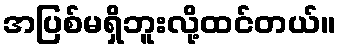
အပြစ်မရှိဘူးလို့ထင်တယ်။